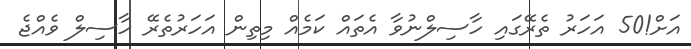
އަށް!50 އަހަރު ތެރޭގައި ހާސިލްނުވާ އެތައް ކަމެއް މިތިން އަހަރުތެރޭ ހާސިލް ވެއްޖެ